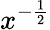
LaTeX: x^{-{\frac{1}{2}}}